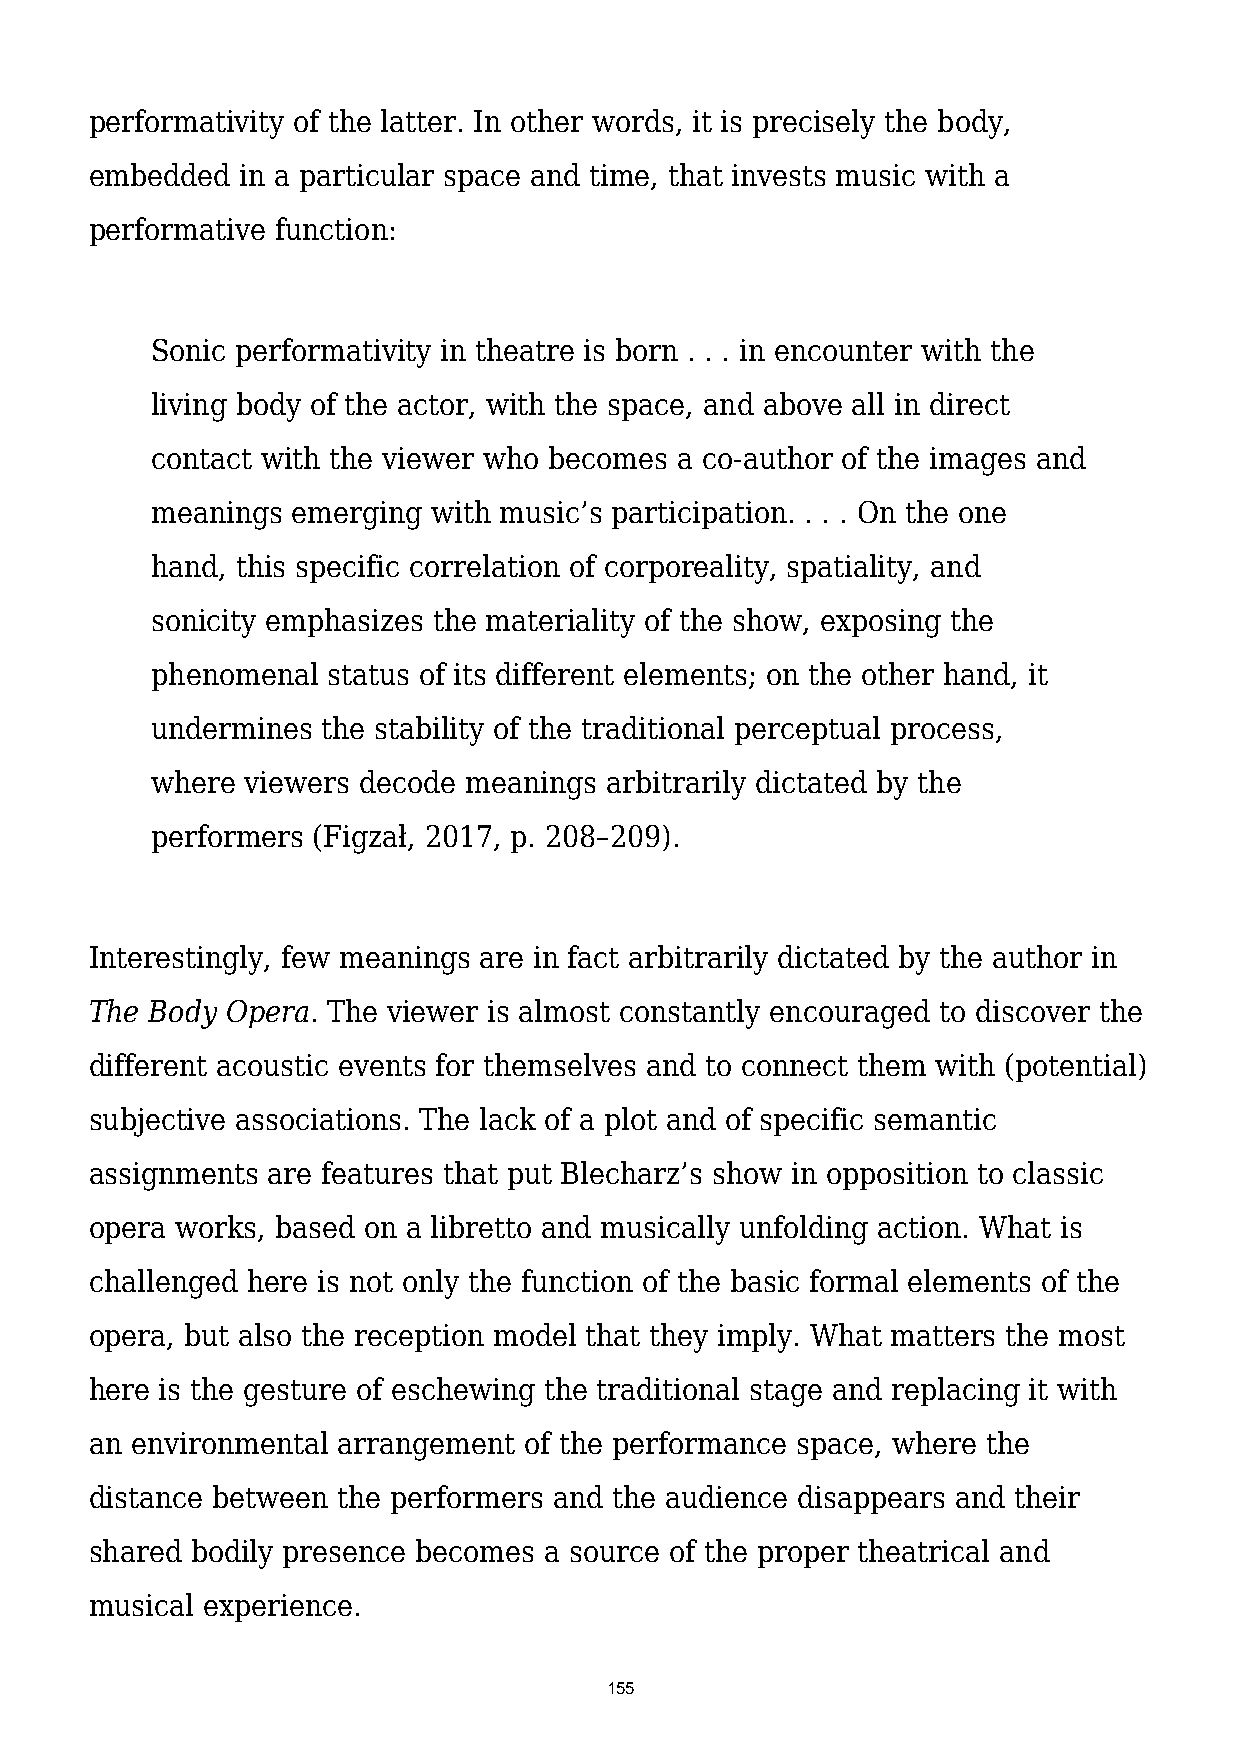
performativity of the latter. In other words, it is precisely the body,
 embedded  in a particular space and time, that invests music with a
 performative function:
 Sonic performativity in theatre is born . . . in encounter with the
 living body of the actor, with the space, and above all in direct
 contact with the viewer who becomes a co-author of the images and
 meanings emerging  with music’s participation. . . . On the one
 hand, this specific correlation of corporeality, spatiality, and
 sonicity emphasizes the materiality of the show, exposing the
 phenomenal  status of its different elements; on the other hand, it
 undermines the stability of the traditional perceptual process,
 where viewers decode meanings arbitrarily dictated by the
 performers (Figzał, 2017, p. 208–209).
 Interestingly, few meanings are in fact arbitrarily dictated by the author in
 The Body Opera. The viewer is almost constantly encouraged to discover the
 different acoustic events for themselves and to connect them with (potential)
 subjective associations. The lack of a plot and of specific semantic
 assignments are features that put Blecharz’s show in opposition to classic
 opera works, based on a libretto and musically unfolding action. What is
 challenged here is not only the function of the basic formal elements of the
 opera, but also the reception model that they imply. What matters the most
 here is the gesture of eschewing the traditional stage and replacing it with
 an environmental arrangement of the performance space, where the
 distance between the performers and the audience disappears and their
 shared bodily presence becomes a source of the proper theatrical and
 musical experience.
 155